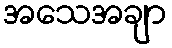
အသေအချာ